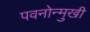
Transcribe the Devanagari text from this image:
पवनोन्मुखी